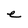
Character: e